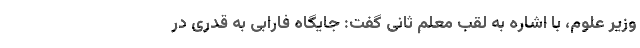
وزیر علوم، با اشاره به لقب معلم ثانی گفت: جایگاه فارابی به قدری در